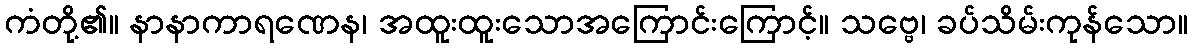
ကံတို့၏။ နာနာကာရဏေန၊ အထူးထူးသောအကြောင်းကြောင့်။ သဗ္ဗေ၊ ခပ်သိမ်းကုန်သော။